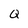
Character: Q